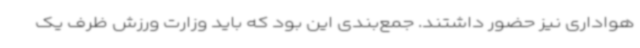
هواداری نیز حضور داشتند. جمع‌بندی این بود که باید وزارت ورزش ظرف یک